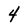
Character: 4